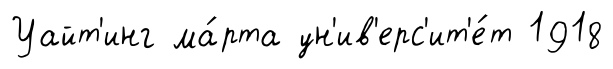
Уайт'инг ма́рта ун'ив'ерс'ит'е́т 1918